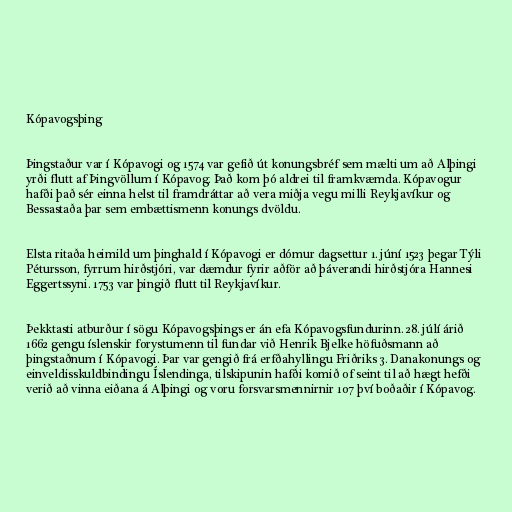
Kópavogsþing

Þingstaður var í Kópavogi og 1574 var gefið út konungsbréf sem mælti um að Alþingi
yrði flutt af Þingvöllum í Kópavog. Það kom þó aldrei til framkvæmda. Kópavogur
hafði það sér einna helst til framdráttar að vera miðja vegu milli Reykjavíkur og
Bessastaða þar sem embættismenn konungs dvöldu.

Elsta ritaða heimild um þinghald í Kópavogi er dómur dagsettur 1. júní 1523 þegar Týli
Pétursson, fyrrum hirðstjóri, var dæmdur fyrir aðför að þáverandi hirðstjóra Hannesi
Eggertssyni. 1753 var þingið flutt til Reykjavíkur.

Þekktasti atburður í sögu Kópavogsþings er án efa Kópavogsfundurinn. 28. júlí árið
1662 gengu íslenskir forystumenn til fundar við Henrik Bjelke höfuðsmann að
þingstaðnum í Kópavogi. Þar var gengið frá erfðahyllingu Friðriks 3. Danakonungs og
einveldisskuldbindingu Íslendinga, tilskipunin hafði komið of seint til að hægt hefði
verið að vinna eiðana á Alþingi og voru forsvarsmennirnir 107 því boðaðir í Kópavog.